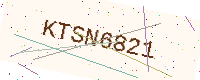
Text: KTSN6821